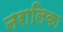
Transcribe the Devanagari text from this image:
नरालिका